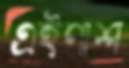
এইপাশ